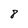
Character: 8